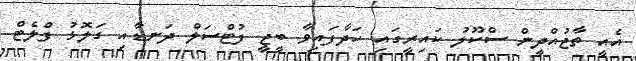
އެއީ ތާޖުއްދީން ސްކޫލު ކައިރީގައި ހަދާފައިވާ ބީޖީ ފުޓްސަލް ދަނޑާއި ގަލޮޅު ފްލެޓް